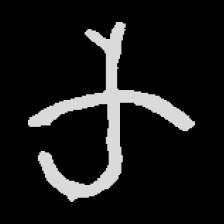
Pyu character \u2014 Myanmar letter: က (romanized: ka)